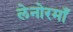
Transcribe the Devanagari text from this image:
लेनोरमाँ